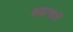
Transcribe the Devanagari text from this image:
शस्त्रागारों